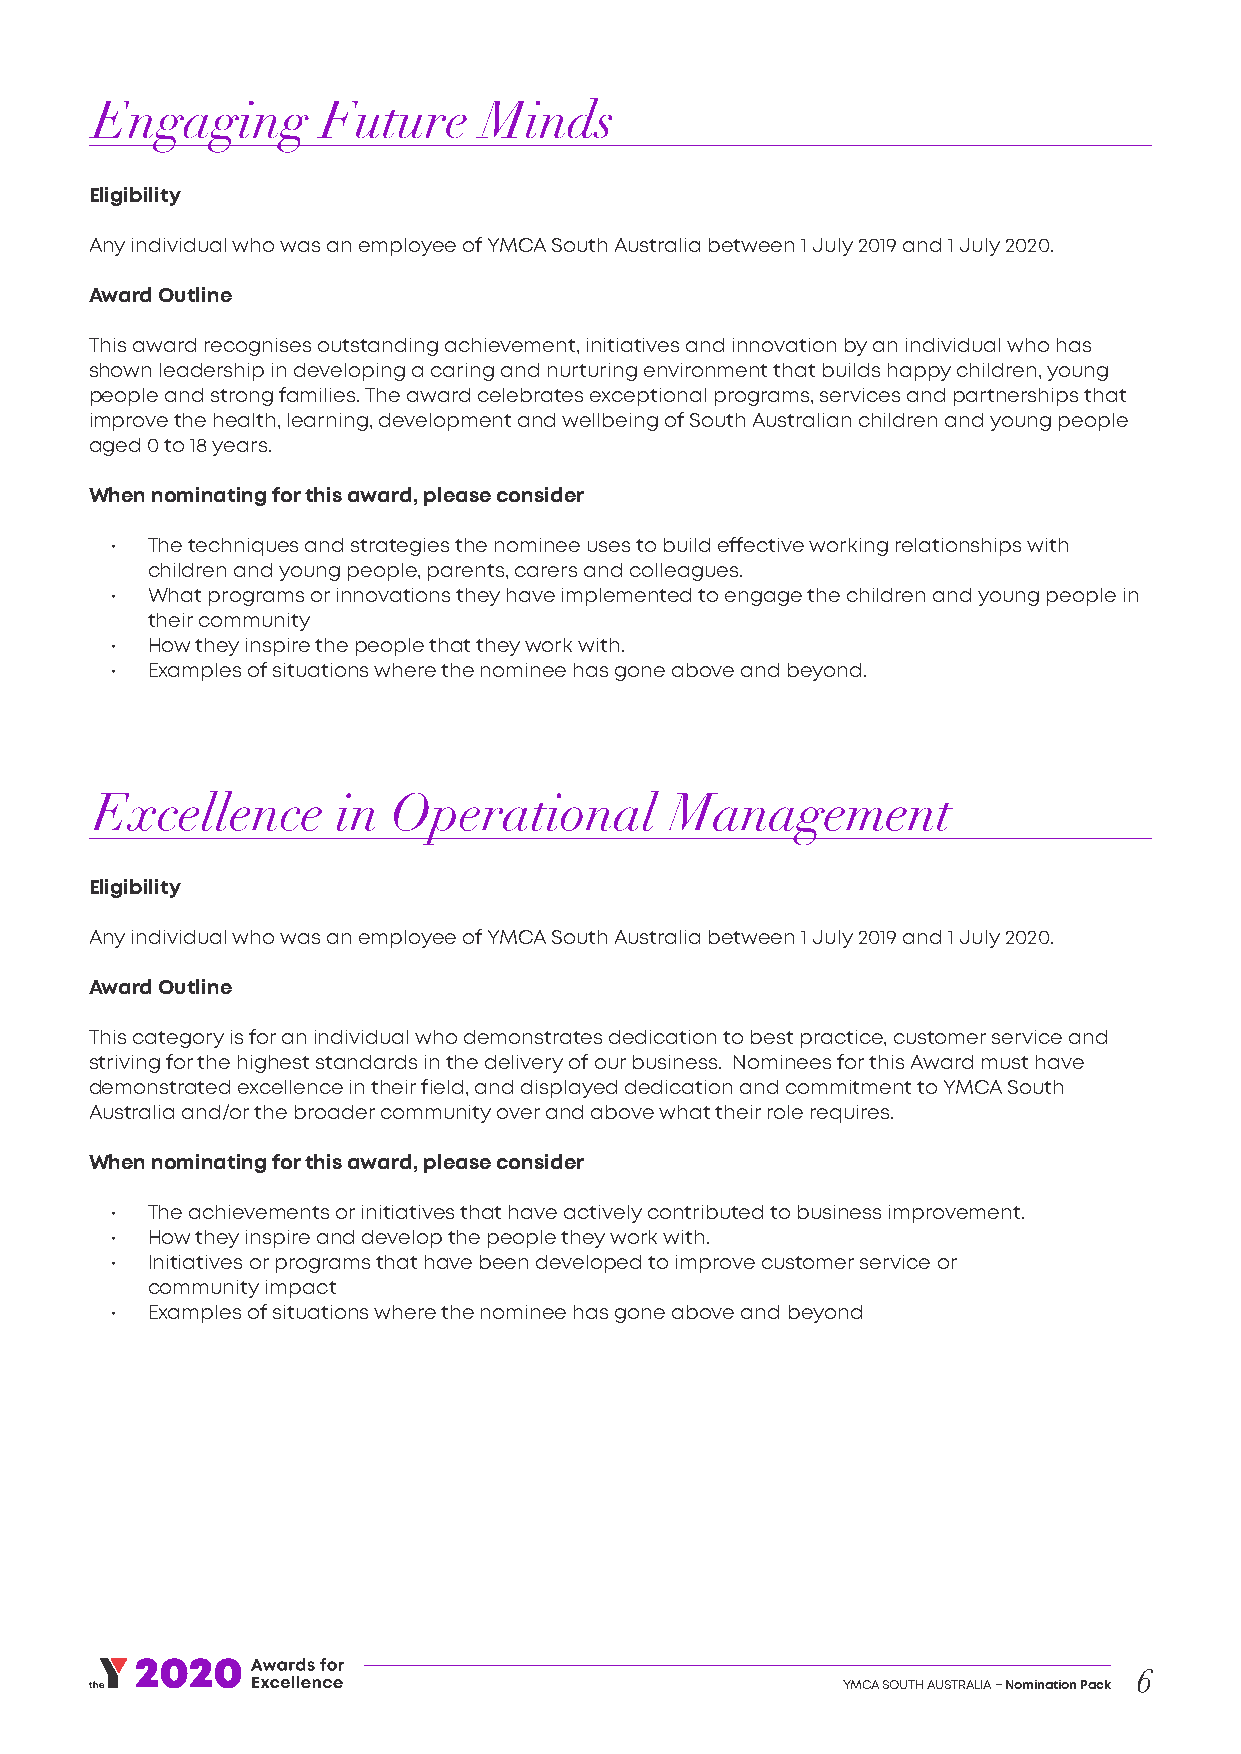
Engaging       Future     Minds
 Eligibility
 Any individual who was an employee of YMCA South Australia between 1 July 2019 and 1 July 2020.
 Award Outline
 This award recognises outstanding achievement, initiatives and innovation by an individual who has
 shown leadership in developing a caring and nurturing environment that builds happy children, young
 people and strong families. The award celebrates exceptional programs, services and partnerships that
 improve the health, learning, development and wellbeing of South Australian children and young people
 aged 0 to 18 years.
 When nominating for this award, please consider
 •  The techniques and strategies the nominee uses to build effective working relationships with
 children and young people, parents, carers and colleagues.
 •  What programs or innovations they have implemented to engage the children and young people in
 their community
 •  How they inspire the people that they work with.
 •  Examples of situations where the nominee has gone above and beyond.
 Excellence      in  Operational       Management
 Eligibility
 Any individual who was an employee of YMCA South Australia between 1 July 2019 and 1 July 2020.
 Award Outline
 This category is for an individual who demonstrates dedication to best practice, customer service and
 striving for the highest standards in the delivery of our business. Nominees for this Award must have
 demonstrated excellence in their field, and displayed dedication and commitment to YMCA South
 Australia and/or the broader community over and above what their role requires.
 When nominating for this award, please consider
 •  The achievements or initiatives that have actively contributed to business improvement.
 •  How they inspire and develop the people they work with.
 •  Initiatives or programs that have been developed to improve customer service or
 community impact
 •  Examples of situations where the nominee has gone above and beyond
 6
 YMCA SOUTH AUSTRALIA – Nomination Pack